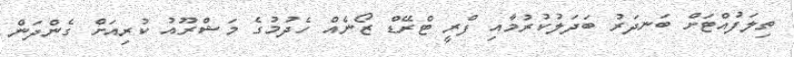
ތިލަފުއްޓަށް ބަނދަރު ބަދަލުކުރުމާއި ފްރީ ޓްރޭޑް ޒޯނެއް ހެދުމުގެ މަޝްރޫއުު ކުރިއަށް ގެންދަން